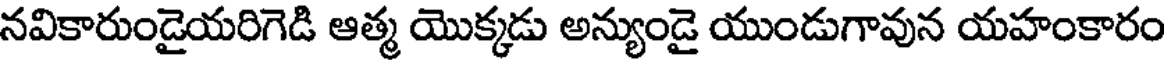
నవికారుండైయరిగెడి ఆత్మ యొక్కడు అన్యుండై యుండుగావున యహంకారం